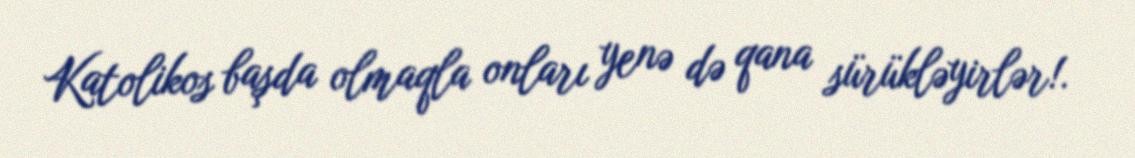
Katolikos başda olmaqla onları yenə də qana sürükləyirlər!.